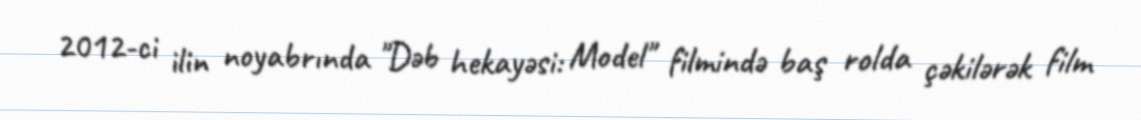
2012-ci ilin noyabrında "Dəb hekayəsi: Model" filmində baş rolda çəkilərək film